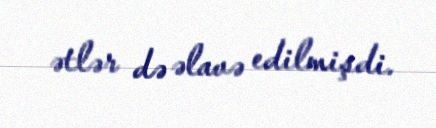
ətlər də əlavə edilmişdi.